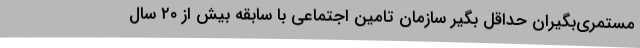
مستمری‌بگیران حداقل بگیر سازمان تامین اجتماعی با سابقه بیش از ۲۰ سال